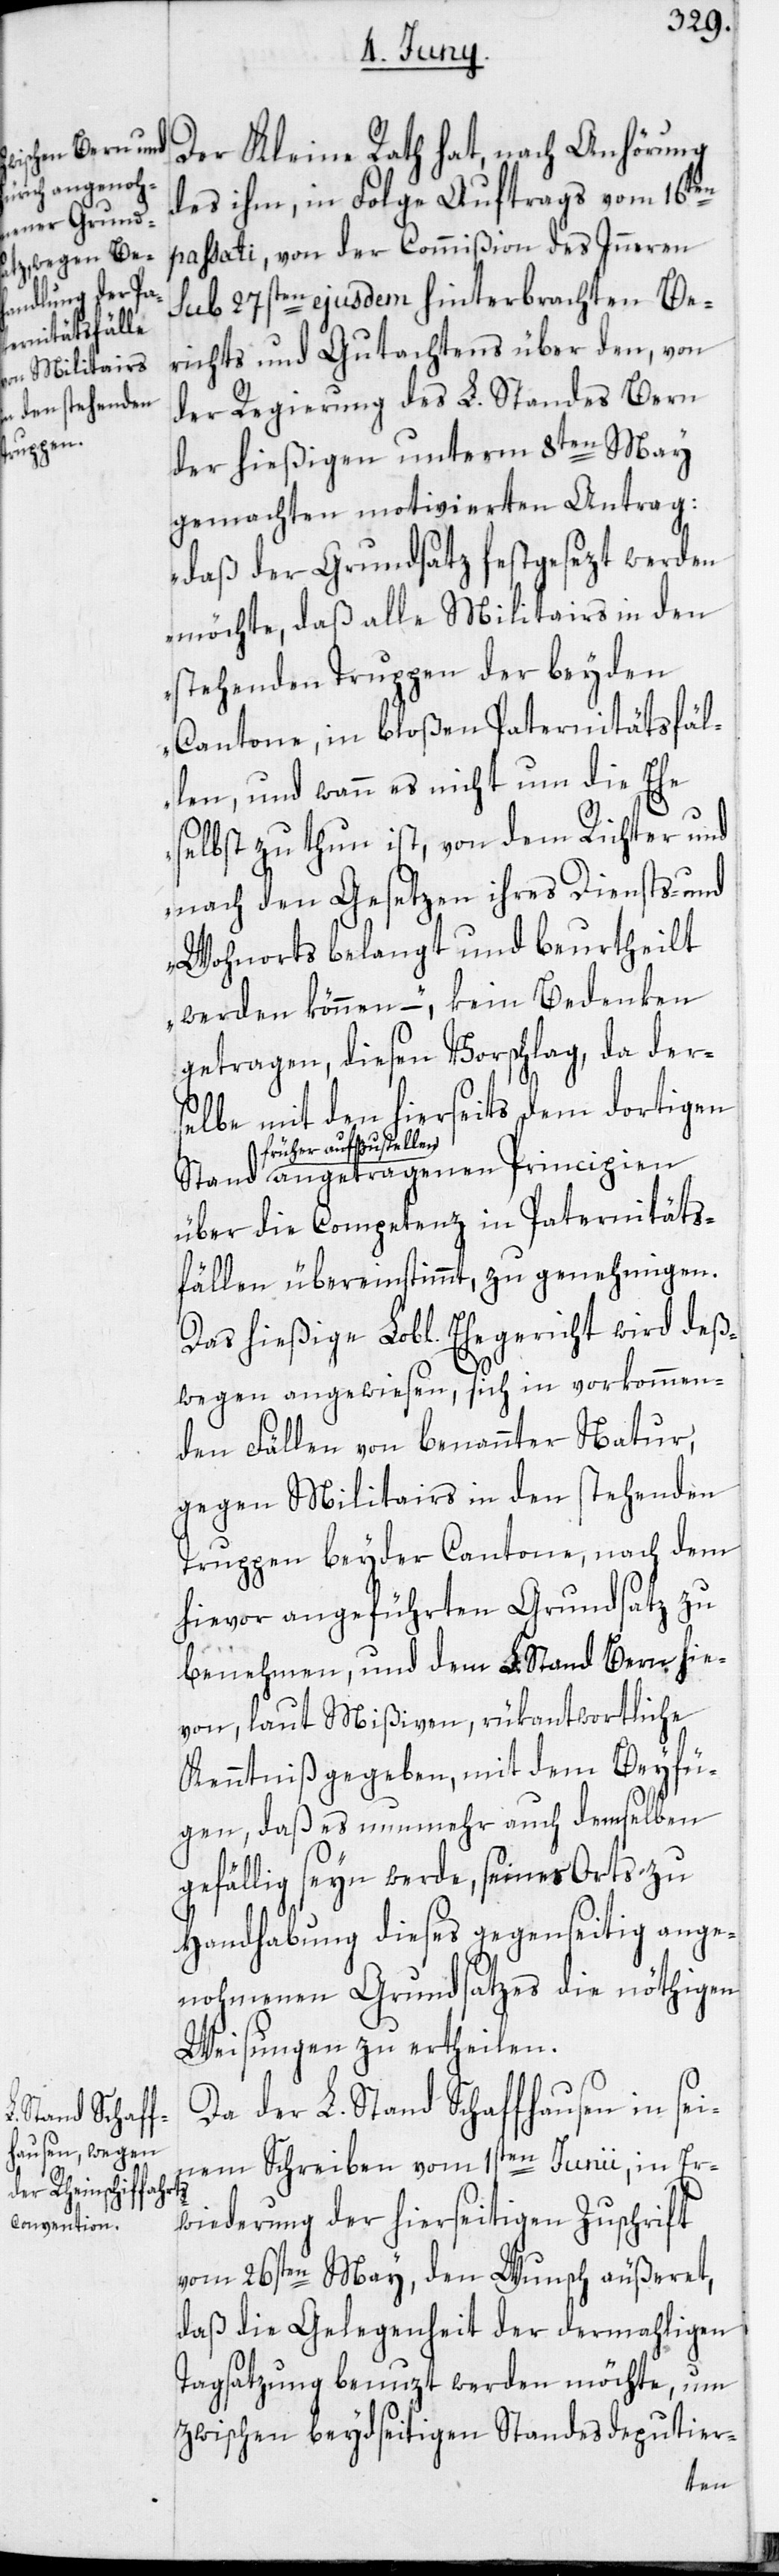
Der Kleine Rath hat, nach Anhörung
des ihm, in Folge Auftrags vom 16ten
passati, von der Commißion des Inneren
sub 27sten ejusdem hinterbrachten Be¬
richts und Gutachtens über den, von
der Regierung des L. Standes Bern
der hießigen unterm 8ten May
gemachten motivierten Antrag:
„Daß der Grundsatz festgesezt werden
möchte, daß alle Militairs in den
stehenden Truppen der beyden
Cantone, in bloßen Paternitätsfäl¬
len, und wann es nicht um die Ehe
selbst zu thun ist, von dem Richter und
nach den Gesetzen ihres Diensts- und
Wohnorts belangt und beurtheilt
werden können –“, kein Bedenken
getragen, diesen Vorschlag, da der¬
selbe mit den hierseits dem dortigen
früher aufzustellen
angetragenen Principien
über die Competenz in Paternitäts¬
fällen übereinstimmt, zu genehmigen.
Das hießige Lobl. Ehegericht wird deß¬
wegen angewiesen, sich in vorkommen¬
den Fällen von benannter Natur,
gegen Militairs in den stehenden
Truppen beyder Cantone, nach dem
hievor angeführten Grundsatz zu
benehmen, und dem L. Stand Bern hie¬
von, laut Mißiven, rükantwortliche
Kenntniß gegeben, mit dem Beyfü¬
gen, daß es nunmehr auch demselben
gefällig seyn werde, seines Orts zu
Handhabung dieses gegenseitig ange¬
nohmenen Grundsatzes die nöthigen
Weisungen zu ertheilen.
Da der L. Stand Schaffhausen in sei¬
nem Schreiben vom 1sten Junii, in Er¬
wiederung der hierseitigen Zuschrift
vom 26sten May, den Wunsch äußeret,
daß die Gelegenheit der dermahligen
Tagsatzung benuzt werden möchte, um
zwischen beydseitigen Standesdeputier-